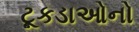
ટૂકડાઓનો